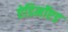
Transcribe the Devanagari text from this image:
ऐडिनॉएड